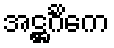
အဋ္ဌင်္ဂိကေ